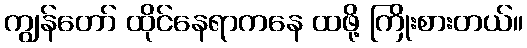
ကျွန်တော် ထိုင်နေရာကနေ ထဖို့ ကြိုးစားတယ်။